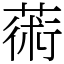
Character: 𦸇